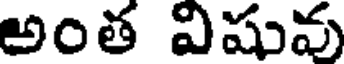
అంత విషువు